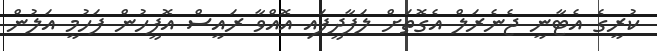
ކުރީގެ އެޓާނީ ޖެނެރަލް އެގޮތަށް ލަފާދީފައި އޮއްވާ ރައީސް އޮފީހުން ފަހުމީ އަލުން